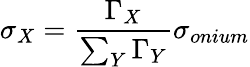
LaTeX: \sigma_{X}=\frac{\Gamma_{X}}{\sum_{Y}\Gamma_{Y}}\sigma_{onium}